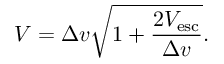
V = \Delta v { \sqrt { 1 + { \frac { 2 V _ { \mathrm { e s c } } } { \Delta v } } } } .